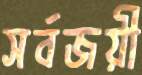
সর্বজয়ী